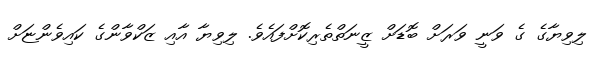
ލިވިޔާގެ ގެ ވަނީ ވަރަށް ބޮޑަށް ޒީނަތްތެރިކޮށްފައެވެ. ލިވިޔާ އާއި ޒަކްވާންގެ ކައިވެންޏަށް